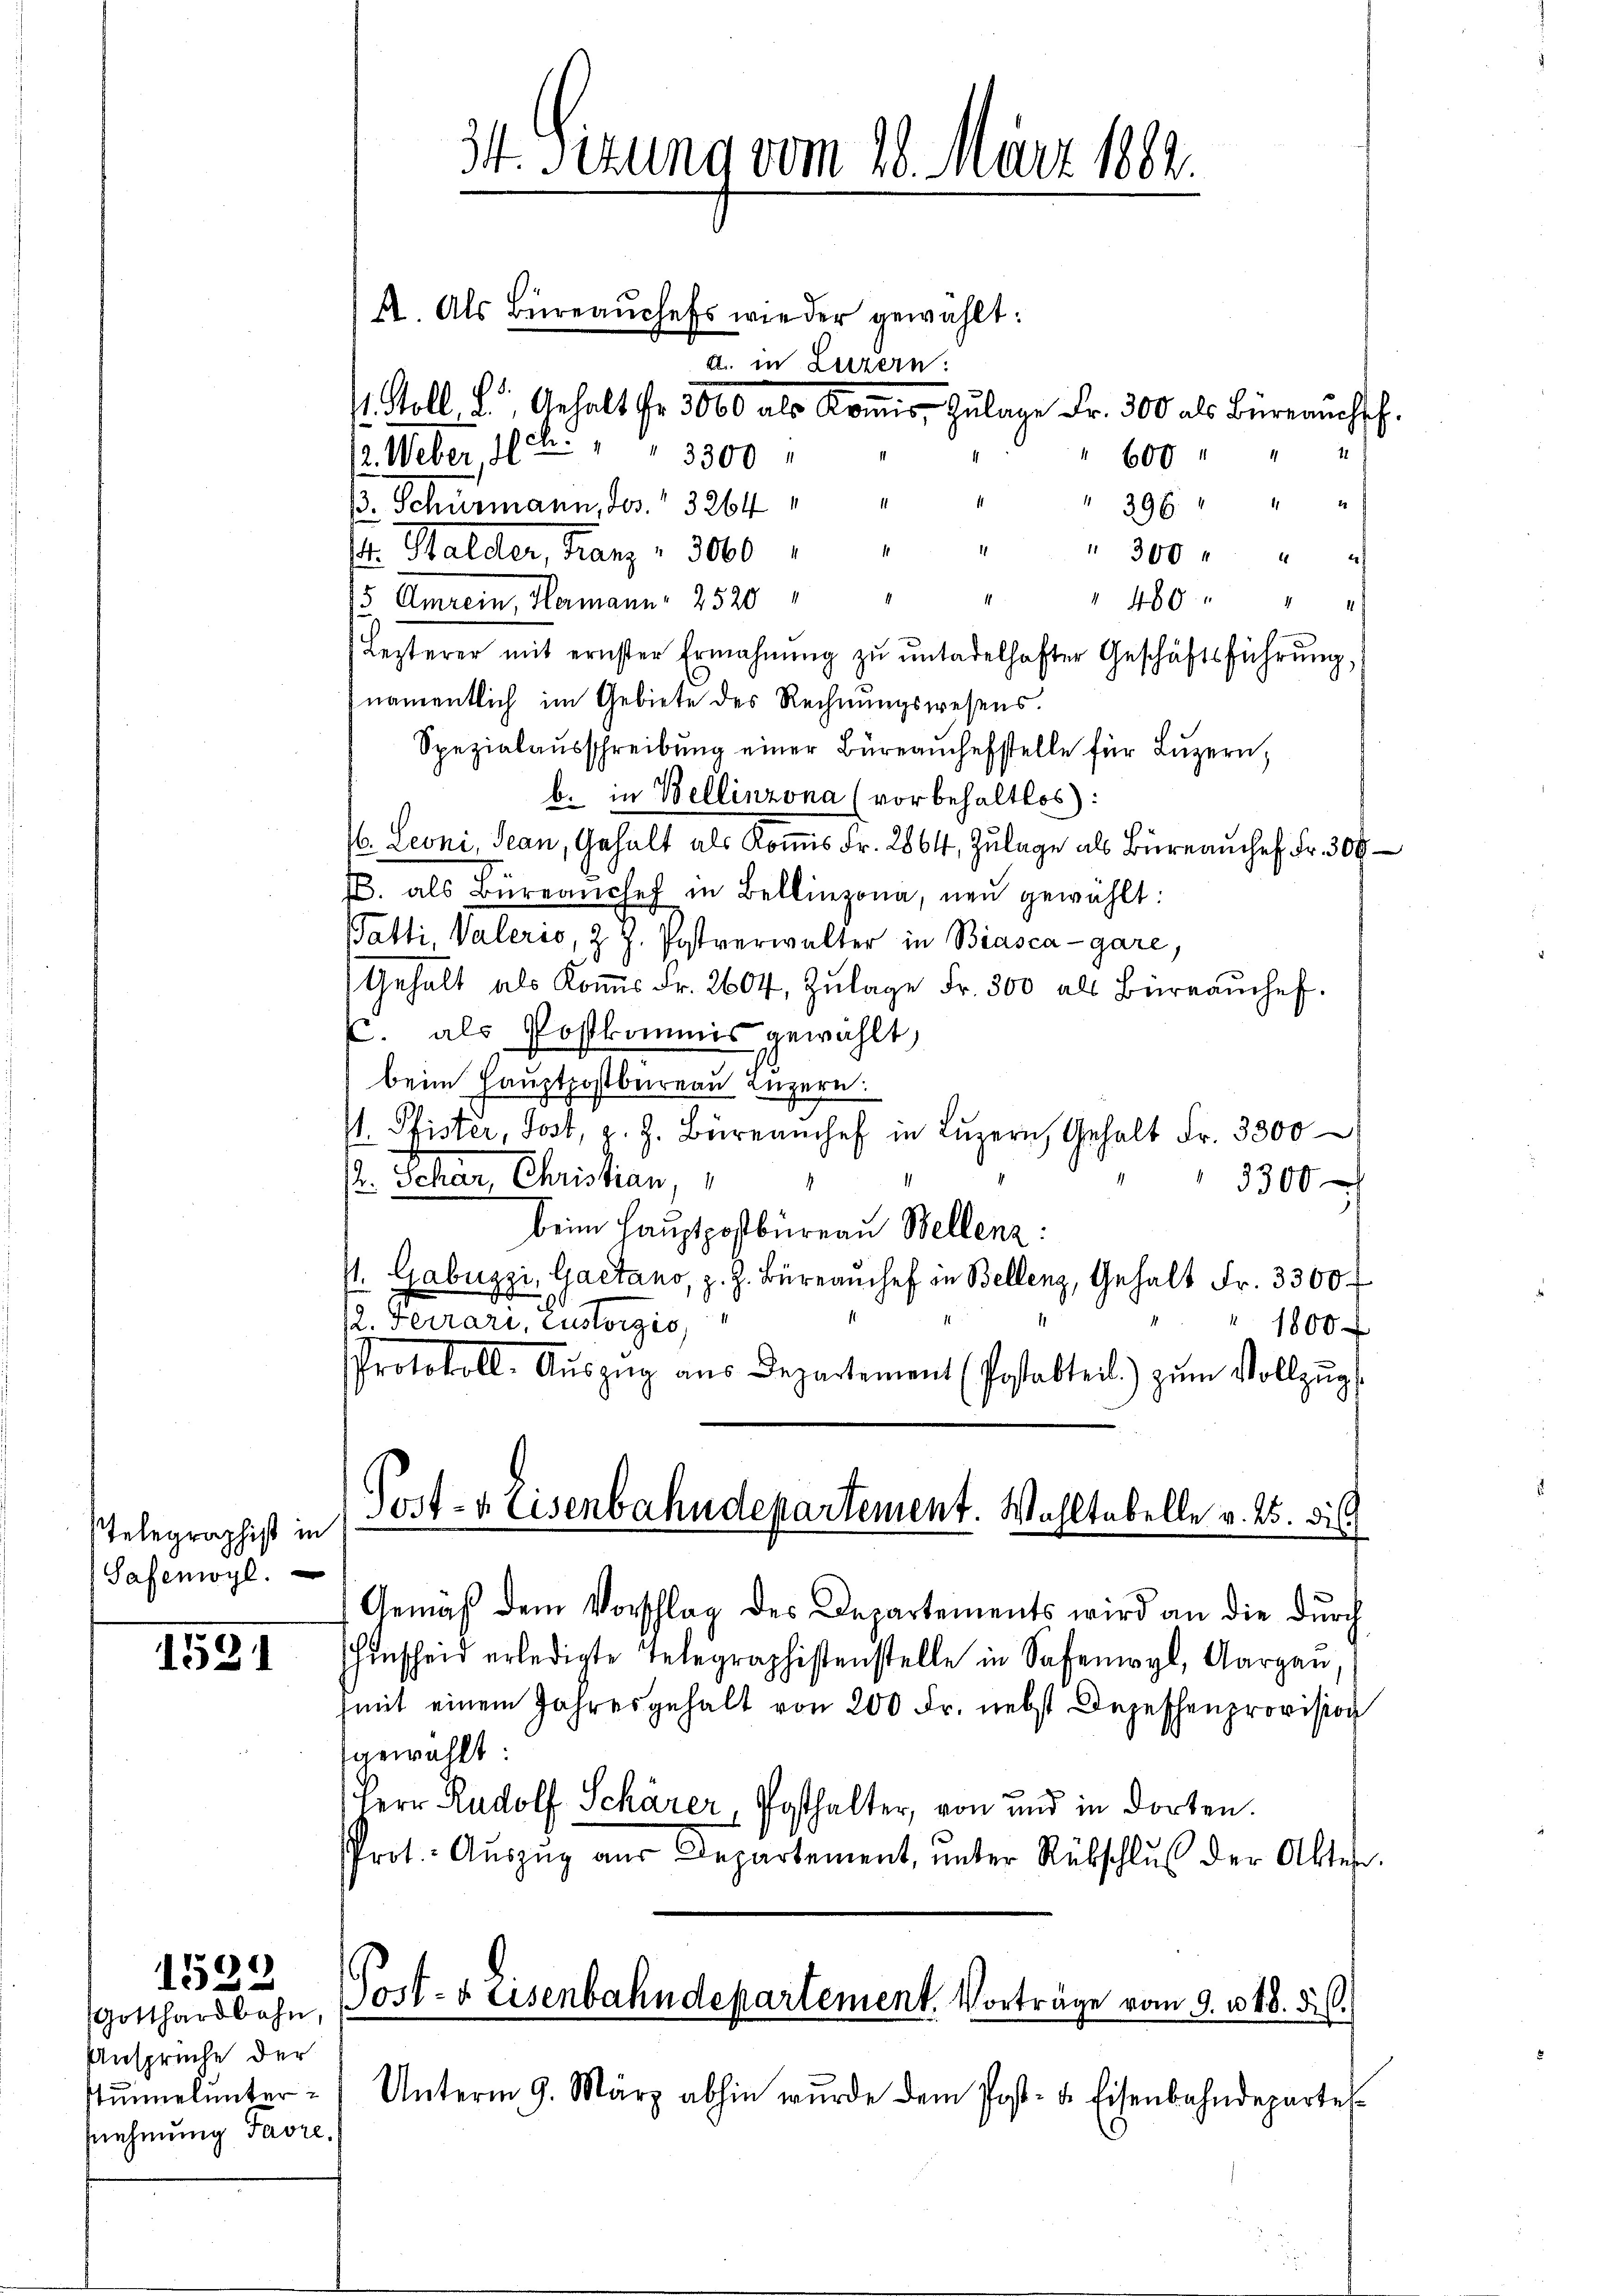
Telegraphist in
Safemoyl.

1591

1532

Gotthardbahn,
Ansprüche der
stummelunter
nnnehmung Favre,

34. Sizung vom 18. März 1882.

A. Als Büreaŭchefs wieder gewählt:
a. in Luzern:
 Goll, L. Gehalt fr. 3000 als Koṁis- Zŭlage Fr. 300 als Büreaŭchsch.
12. Weber 183. " " 3300
" 600
" 396 " "
B. Schurmann, Ges. 3264
E. Stalder, Franz v. 3000 " " " " 300 r " "
1
1
" 460
/5 Amrein, Hermann, 2520
Lezterer mit ernster Ermahnŭng zŭ ŭntadelhafter Geschäftsführŭng,
namentlich im Gebiete des Rechnungswesens.
Spezialausschreibŭng einer Büreauchefstelle für Luzern,
b. in Bellinzona (vorbehaltlos):
/6. Leoni, Jean, Gehalt als Kommis Fr. 2864, Zulage als Büreau chef Fr. 300
/. als Büreanchef in Bellinzona, neu gewählt:
Tatti, Valeris, z. Z. Postverwalter in Biasca-gare,
Gehalt als Koṁis Fr. 2604, Zŭlage Fr. 300 als Büreaŭchef.
C. als Postkommis gewählt,
beim Hauptpostbereau Luzern.
I. Pfister, Jost, z. Z. Büreamchef in Lŭzern, Gehalt Fr. 3300
Pr. Schar, Christian,
3300
beim Hauptpostbüreau Bellenz:
/. Gabuzzi, Gaetano, z. Z. Büreauschef in Bellenz, Gehalt Fr. 3300 f
(2. Ferrari, custorgis
1800 f
Protokoll-Aŭszŭg aŭs Departement (Postabteil) zŭm Vollzŭgs
Post- & Eisenbahndepartement. Wohltabelle v. 25. di
Gemäß dem Vorschlag des Departements wird an die durch
hinscheid erledigte Telegraphistenstelle in Safenwyl, Aargau,
(mit einem Jahresgehalt von 200 Fr. nebst Depeschenprovision
gewählt:
Herr Rudolf Schärer, Posthalter, von und in dorten.
Prot.- Aŭszŭg aŭs Departement, ŭnter Rübschlŭβ der Akten.

Post- & Eisenbahndepartement. Vorträge vom 9. v. 18. 56.

Unterm 9. März abhin wurde dem Post- u. Eisenbahndepartel